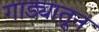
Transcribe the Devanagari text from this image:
गाड्यातून